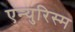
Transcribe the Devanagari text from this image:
एन्युरिस्म